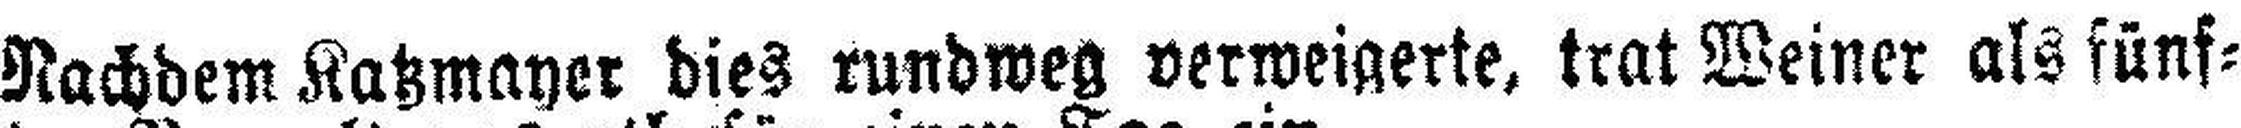
Nachdem Katzmayer dies rundweg verweigerte, trat Weiner als fünf¬